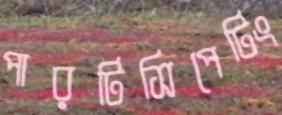
পারটিসিপেটিং